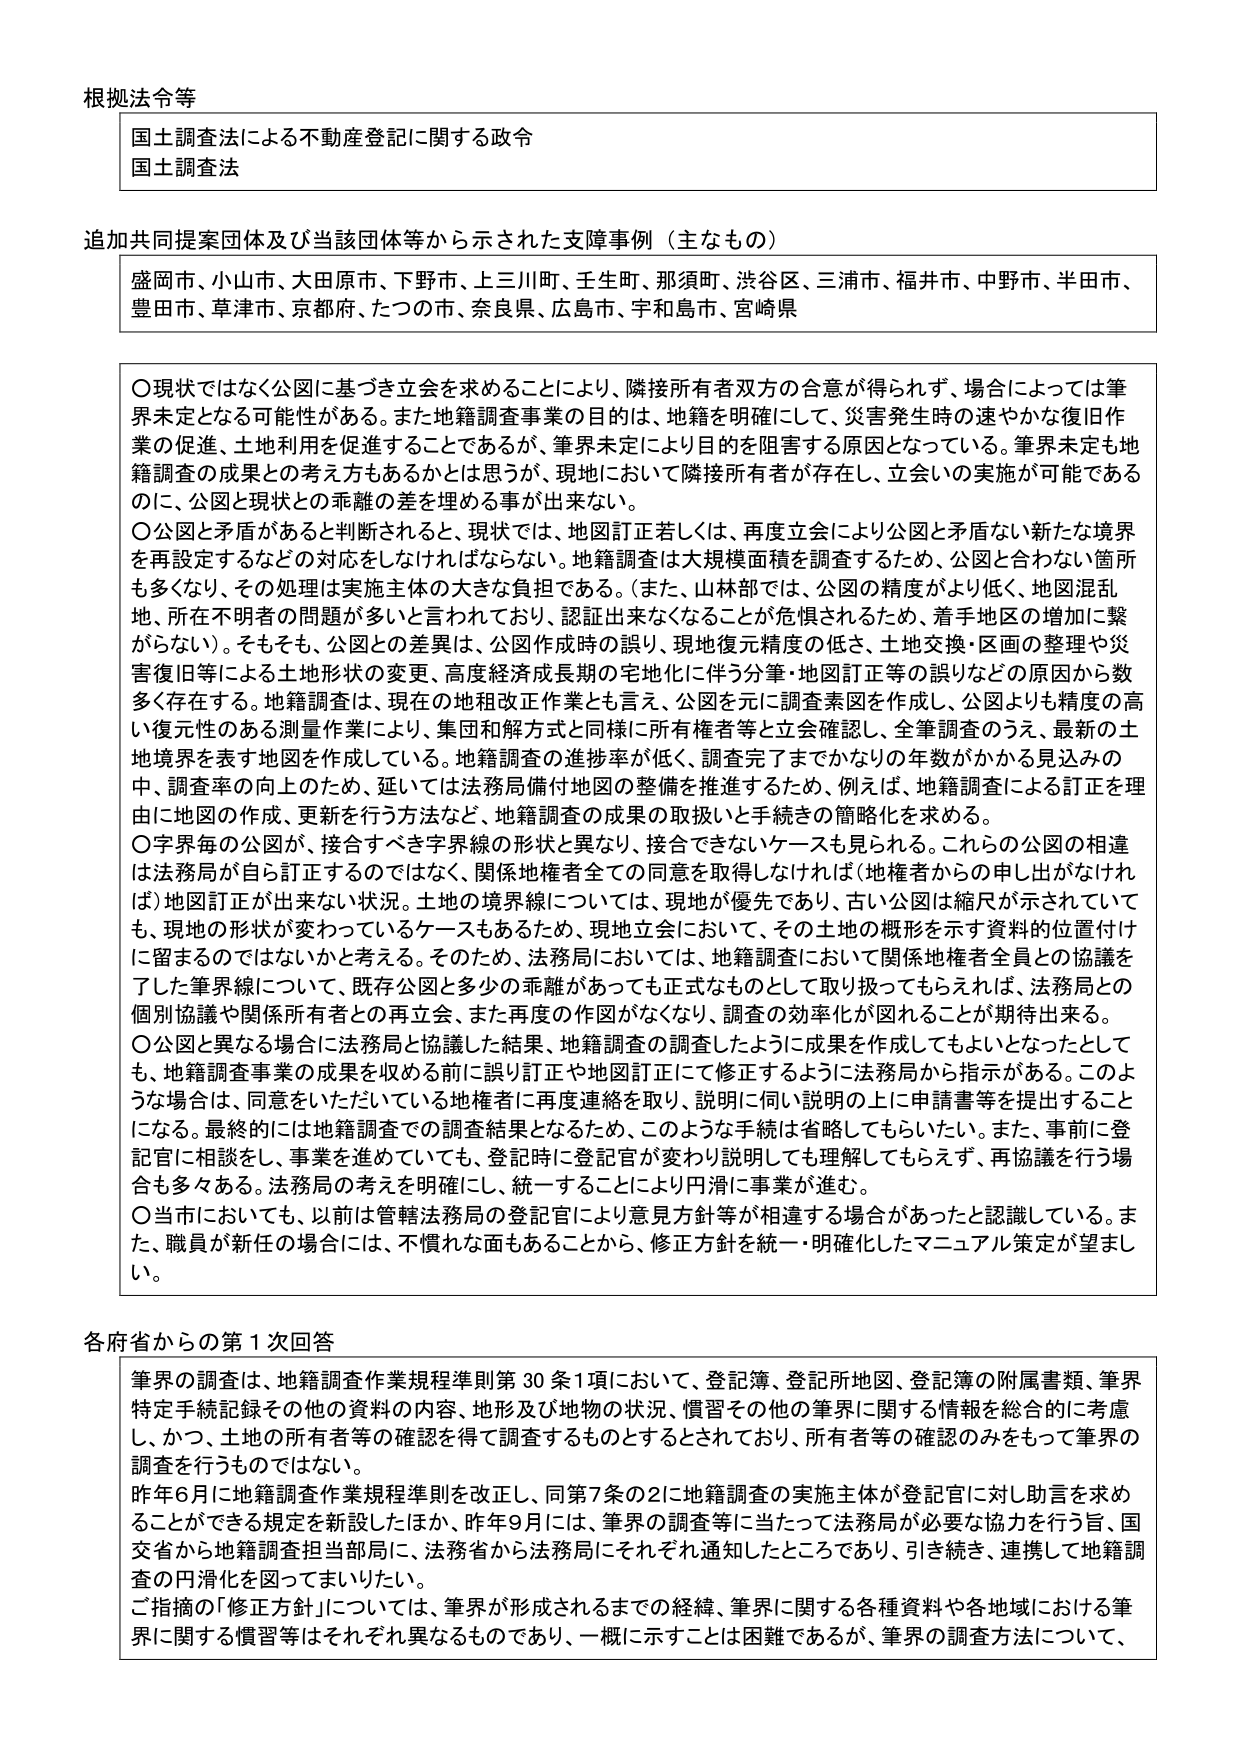
根拠法令等
国土調査法による不動産登記に関する政令
国土調査法

追加共同提案団体及び当該団体等から示された支障事例（主なもの）
盛岡市、小山市、大田原市、下野市、上三川町、壬生町、那須町、渋谷区、三浦市、福井市、中野市、半田市、
豊田市、草津市、京都府、たつの市、奈良県、広島市、宇和島市、宮崎県

〇現状ではなく公図に基づき立会を求めることにより、隣接所有者双方の合意が得られず、場合によっては筆界未定となる可能性がある。また地籍調査事業の目的は、地籍を明確にして、災害発生時の速やかな復旧作業の促進、土地利用を促進することであるが、筆界未定により目的を阻害する原因となっている。筆界未定も地籍調査の成果との考え方もあろうかとは思うが、現地において隣接所有者が存在し、立会いの実施が可能であるのに、公図と現状との乖離の差を埋める事が出来ない。
〇公図と矛盾があると判断されると、現状では、地図訂正若しくは、再度立会により公図と矛盾ない新たな境界を再設定するなどの対応をしなければならない。地籍調査は大規模面積を調査するため、公図と合わない箇所も多くなり、その処理は実施主体の大きな負担である。（また、山林部では、公図の精度がより低く、地図混乱地、所在不明者の問題が多いと言われており、認証出来なくなることが危惧されるため、着手地区の増加に繋がらない）。そもそも、公図との差異は、公図作成時の誤り、現地復元精度の低さ、土地交換・区画の整理や災害復旧等による土地形状の変更、高度経済成長期の宅地化に伴う分筆・地図訂正等の誤りなどの原因から数多く存在する。地籍調査は、現在の地租和解工作業とも言え、公図を元に調査素図を作成し、全筆調査のうえ、最新の土地境界を表す地図を作成している。地籍調査の進捗率が低く、調査完了までかなりの年数がかかる見込みの中、調査率の向上のため、延いては法務局備付地図の整備を推進するため、例えば、地籍調査による訂正を理由に地図の作成、更新を行う方法など、地籍調査の成果の取扱いと手続きの簡略化を求める。
〇字界毎の公図が、接合すべき字界線の形状と異なり、接合できないケースも見られる。これらの公図の相違は法務局が自ら訂正するのではなく、関係地権者全ての同意を取得しなければ（地権者からの申し出がなけれ ば）地図訂正が出来ない状況。土地の境界線については、現地が優先であり、古い公図は縮尺が示されていても、現地の形状が変わっているケースもあるため、現地立会において、その土地の概形を示す資料の位置付けに留まるのではないかと考える。そのため、法務局においては、地籍調査において関係地権者全員との協議を 了した筆界線について、既存公図と多少の乖離があっても正式なものとして取り扱ってもらえれば、法務局との個別協議や関係所有者との再立会、また再度の作図がなくなり、調査の効率化が図れることが期待出来る。
〇公図と異なる場合に法務局と協議した結果、地籍調査の調査したように成果を作成してもよいとなったとしても、地籍調査事業の成果を収める前に誤り訂正や地図訂正にて修正するように法務局から指示がある。このような場合は、同意をいただいている地権者に再度連絡を取り、説明に伺い説明の上に申請書等を提出することになる。最終的には地籍調査での調査結果となるため、このような手続は省略してもらいたい。また、事前に登記官に相談をし、事業を進めていても、登記時に登記官が変わり説明しても理解してもらえず、再協議を行う場合も多々ある。法務局の考えを明確にし、統一することにより円滑に事業が進む。
〇当市においても、以前は管轄法務局の登記官により意見方針等が相違する場合があったと認識している。また、職員が新任の場合には、不慣れた面もあることから、修正方針を統一・明確化したマニュアル策定が望ましい。

各府省からの第1次回答
筆界の調査は、地籍調査作業規程準則第30条1項において、登記簿、登記所地図、登記簿の附属書類、筆界特定手続記録その他の資料の内容、地形及び地物の状況、慣習その他の筆界に関する情報を総合的に考慮し、かつ、土地の所有者等の確認を得て調査するものとされており、所有者等の確認のみをもって筆界の調査を行うものではない。
昨年6月に地籍調査作業規程準則を改正し、同第7条の2に地籍調査の実施主体が登記官に対し助言を求めることができる規定を新設したほか、昨年9月には、筆界の調査等に当たって法務局が必要な協力を行う旨、国交省から地籍調査担当部局に、法務省から法務局にそれぞれ通知したところであり、引き続き、連携して地籍調査の円滑化を図ってまいりたい。
ご指摘の「修正方針」については、筆界が形成されるまでの経緯、筆界に関する各種資料や各地域における筆界に関する慣習等はそれぞれ異なるものであり、一概に示すことは困難であるが、筆界の調査方法について、